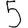
Digit: 5